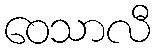
ဝေသာလီ